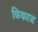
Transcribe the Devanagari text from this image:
किकाज